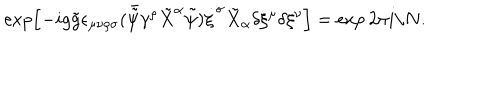
LaTeX: \exp \left[ - i g \tilde { g } \epsilon _ { \mu \nu \rho \sigma } ( \bar { \tilde { \psi } } \gamma ^ { \rho } \tilde { X } ^ { \alpha } \tilde { \psi } ) \dot { \xi } ^ { \sigma } \tilde { X } _ { \alpha } \delta \xi ^ { \mu } \delta \xi ^ { \nu } \right] = \exp 2 \pi i / N .